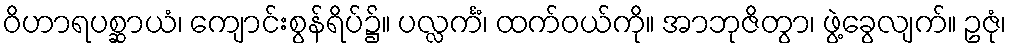
ဝိဟာရပစ္ဆာယံ၊ ကျောင်းစွန်ရိပ်၌။ ပလ္လင်္ကံ၊ ထက်ဝယ်ကို။ အာဘုဇိတွာ၊ ဖွဲ့ခွေလျက်။ ဥဇုံ၊